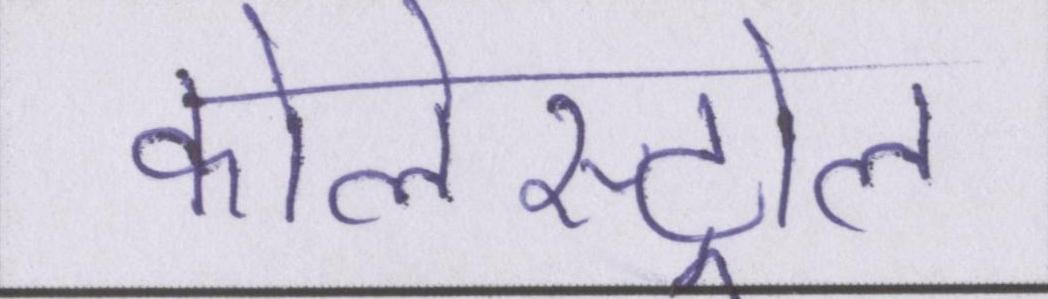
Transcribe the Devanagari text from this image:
कोलेस्ट्रोल